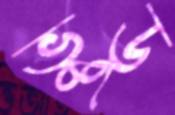
ভুডু